Report on the working of the Ranchi Indian Mental Hospital, Kanke, in Bihar and Orissa - 1930-1940
Year: 1930
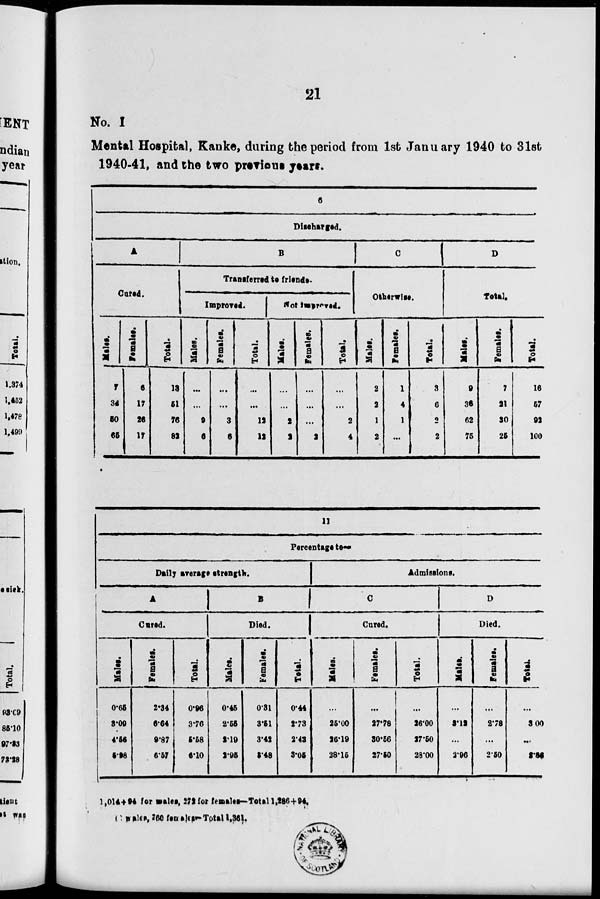
21
No. I
Mental Hospital, Kanke, during the period from 1st January 1940 to 31st
1940-41, and the two previous years.
6
Discharged.
A
Cured.
Males.
7
34
50
65
Females.
6
17
26
17
Total.
13
51
76
82
B
Transferred to friends.
Improred.
Males.
...
...
9
6
Females.
...
...
3
6
Total.
...
...
12
11
Not improved.
Males.
...
...
2
2
Females.
...
...
...
2
Total.
...
...
2
4
C
Otherwise.
Males.
2
2
1
2
Females.
1
4
1
...
Total.
3
6
2
2
D
Total.
Males.
9
36
62
75
Females.
7
21
30
25
Total.
16
57
92
100
11
Percentage to—
Daily average strength.
A
Cured.
Males.
0.65
3.09
4.56
5.98
Female.
2.34
6.64
9.87
6.57
Total.
0.96
3.76
5.58
6.10
B
Died.
Males.
0.45
2.55
2.19
2.95
Females.
0.31
3.51
3.42
3.48
Total.
0.44
2.73
2.43
3.05
Admissions.
C
Cured.
Males.
...
25.00
26.19
28.15
Females.
...
27.78
30.56
27.50
Total.
...
26.00
27.50
28.00
D
Died.
Males.
...
3.12
...
2.96
Females.
...
2.78
...
2.50
Total.
...
3.00
...
5.46
1,014+94 for males, 272 for females—Total 1,286+94.
1101 males, 260 females Total 1,361.